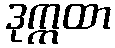
ဒုက္ကထာ